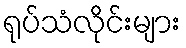
ရုပ်သံလိုင်းများ